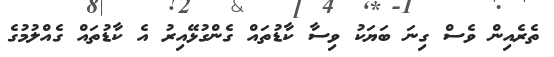
ތެރެއިން ވެސް ގިނަ ބަޔަކު ވިސާ ކާޑުތައް ގެންގުޅޭއިރު އެ ކާޑުތައް ގެއްލުމުގެ